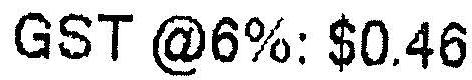
GST @6%: $0.46